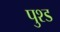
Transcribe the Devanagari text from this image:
पुश्ड